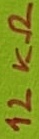
Text: 12KΩ